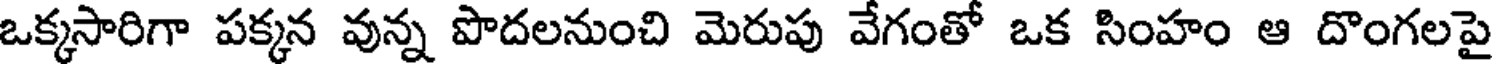
ఒక్కసారిగా పక్కన వున్న పొదలనుంచి మెరుపు వేగంతో ఒక సింహం ఆ దొంగలపై